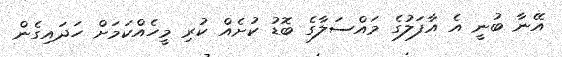
އޭނާ ބުނީ އެ އާފަލުގެ މައްސަލާގެ ބޮޑު ކުށެއް ކުރި މީހެއްްކަމަށް ހަދައިގެން